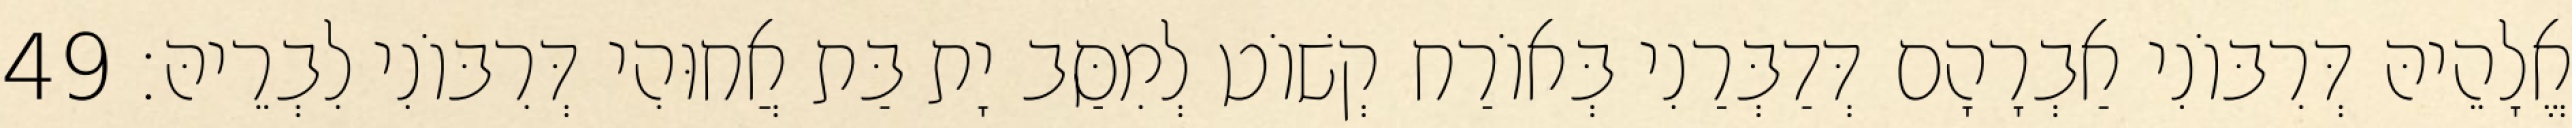
אֱלָהֵיהּ דְּרִבּוֹנִי אַבְרָהָם דְּדַבְּרַנִי בְּאוֹרַח קְשׁוֹט לְמִסַּב יָת בַּת אֲחוּהִי דְּרִבּוֹנִי לִבְרֵיהּ׃ 49